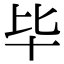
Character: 毕